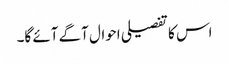
اس کا تفصیلی احوال آگے آئے گا۔